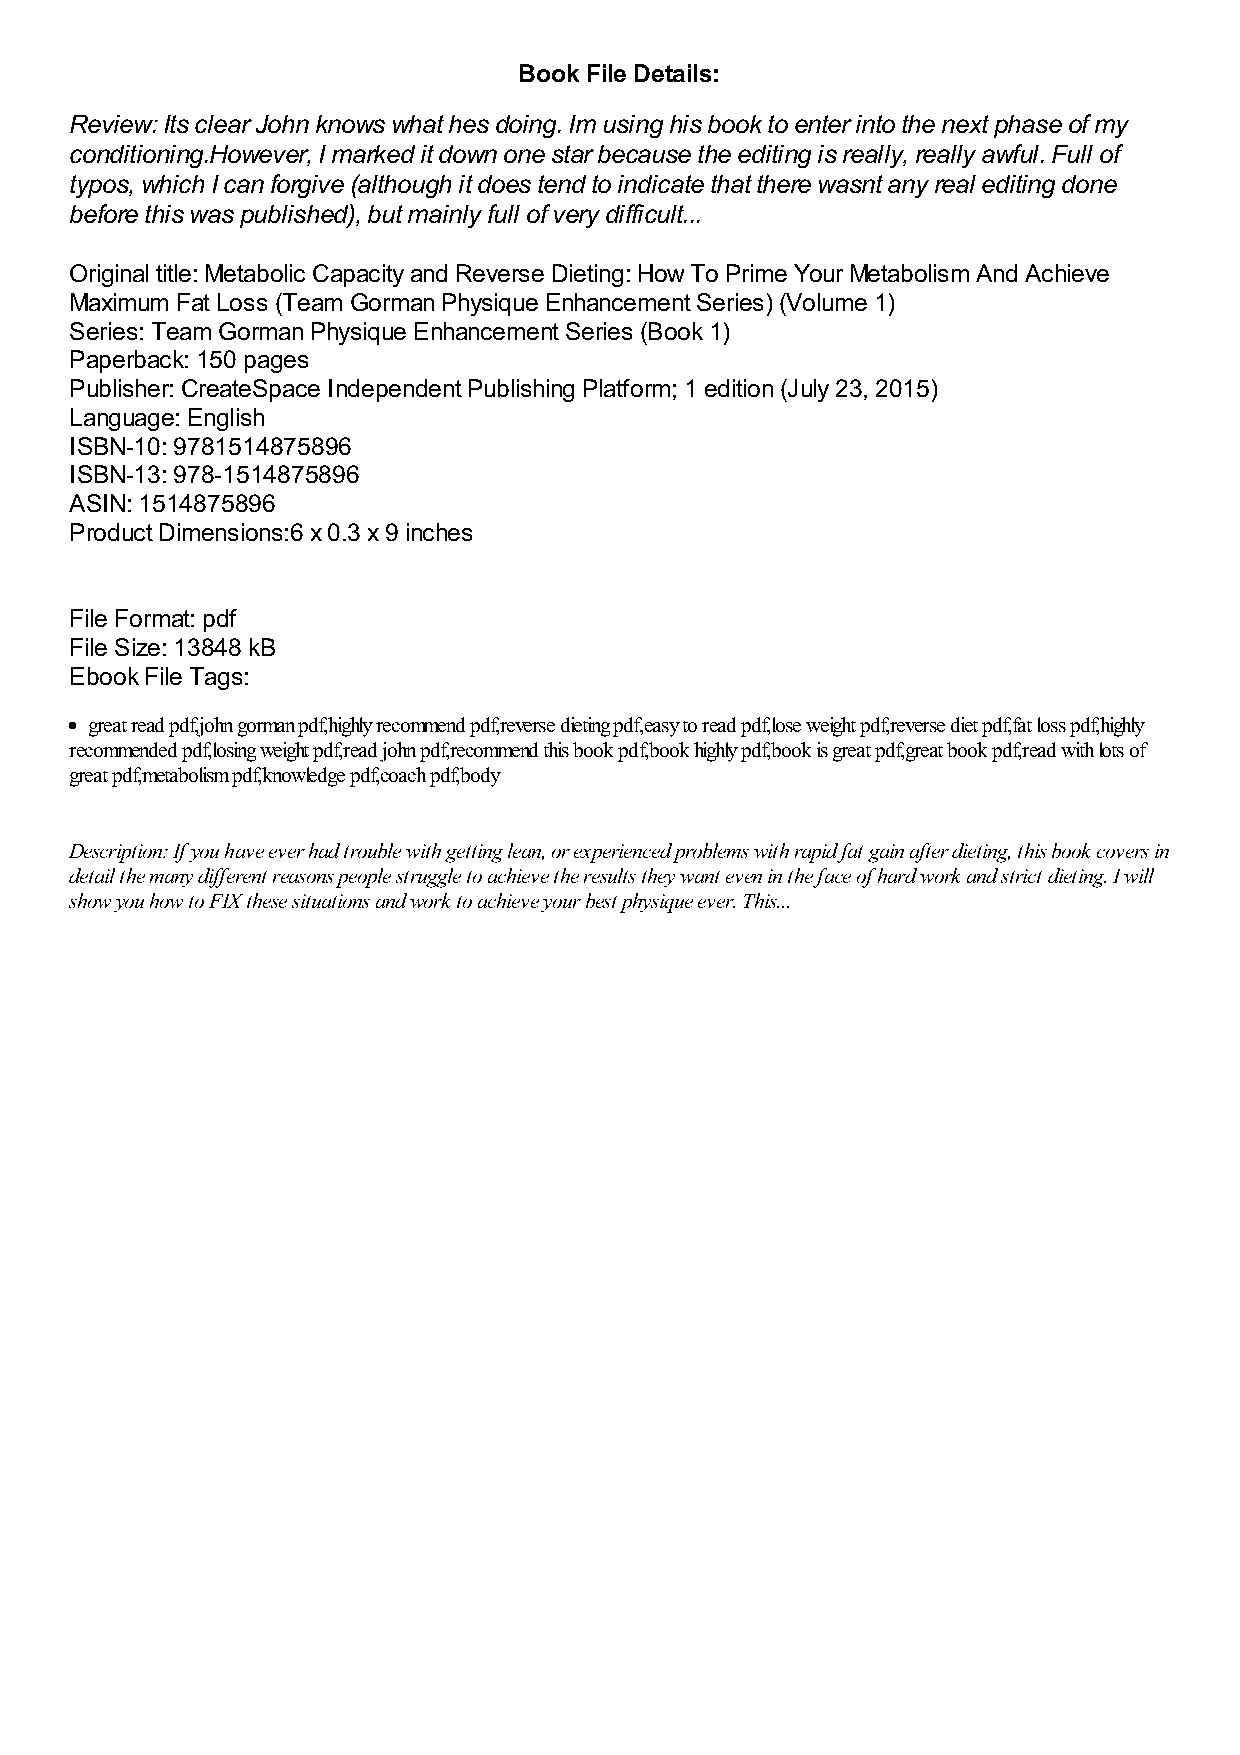
Book File Details:
 Review: Its clear John knows what hes doing. Im using his book to enter into the next phase of my
 conditioning.However, I marked it down one star because the editing is really, really awful. Full of
 typos, which I can forgive (although it does tend to indicate that there wasnt any real editing done
 before this was published), but mainly full of very difficult...
 Original title: Metabolic Capacity and Reverse Dieting: How To Prime Your Metabolism And Achieve
 Maximum Fat Loss (Team Gorman Physique Enhancement Series) (Volume 1)
 Series: Team Gorman Physique Enhancement Series (Book 1)
 Paperback: 150 pages
 Publisher: CreateSpace Independent Publishing Platform; 1 edition (July 23, 2015)
 Language: English
 ISBN-10: 9781514875896
 ISBN-13: 978-1514875896
 ASIN: 1514875896
 Product Dimensions:6 x 0.3 x 9 inches
 File Format: pdf
 File Size: 13848 kB
 Ebook File Tags:
 great read pdf,john gorman pdf,highly recommend pdf,reverse dieting pdf,easy to read pdf,lose weight pdf,reverse diet pdf,fat loss pdf,highly
 recommended pdf,losing weight pdf,read john pdf,recommend this book pdf,book highly pdf,book is great pdf,great book pdf,read with lots of
 great pdf,metabolism pdf,knowledge pdf,coach pdf,body
 Description: If you have ever had trouble with getting lean, or experienced problems with rapid fat gain after dieting, this book covers in
 detail the many different reasons people struggle to achieve the results they want even in the face of hard work and strict dieting. I will
 show you how to FIX these situations and work to achieve your best physique ever. This...